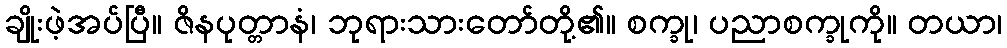
ချိုးဖဲ့အပ်ပြီ။ ဇိနပုတ္တာနံ၊ ဘုရားသားတော်တို့၏။ စက္ခု၊ ပညာစက္ခုကို။ တယာ၊